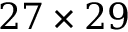
2 7 \times 2 9